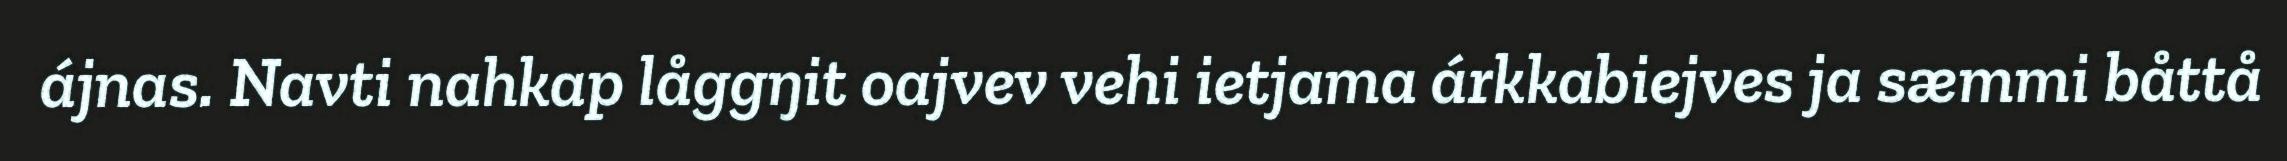
ájnas. Navti nahkap låggŋit oajvev vehi ietjama árkkabiejves ja sæmmi båttå